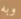
وبه